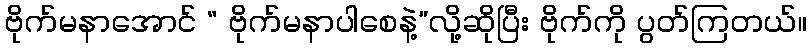
ဗိုက်မနာအောင် “ ဗိုက်မနာပါစေနဲ့”လို့ဆိုပြီး ဗိုက်ကို ပွတ်ကြတယ်။